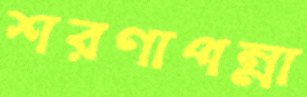
শরণাপন্না